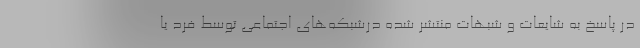
در پاسخ به شایعات و شبهات منتشر شده درشبکه‌های اجتماعی توسط فرد یا